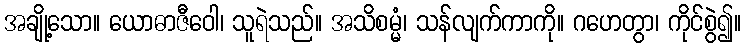
အချို့သော။ ယောဓာဇီဝေါ၊ သူရဲသည်။ အသိစမ္မံ၊ သန်လျက်ကာကို။ ဂဟေတွာ၊ ကိုင်စွဲ၍။